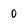
Character: 0